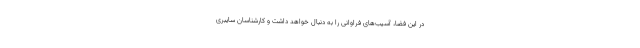
در این فضا، آسیب‌های فراوانی را به دنبال خواهد داشت و کارشناسان سایبری